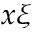
x \xi